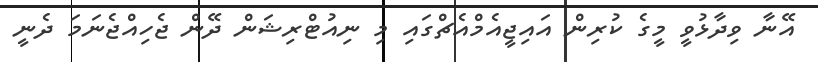
އޭނާ ވިދާޅުވީ މީގެ ކުރިން އައިޖީއެމްއެޗްގައި މި ނިއުޓްރިޝަން ދޭން ޖެހިއްޖެނަމަ ދެނީ